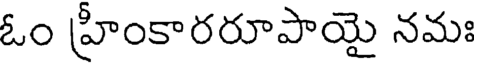
ఓం హ్రీంకారరూపాయై నమః